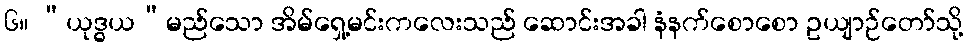
၆။ “ယုဒ္ဓယ”မည်သော အိမ်ရှေ့မင်းကလေးသည် ဆောင်းအခါ နံနက်စောစော ဥယျာဉ်တော်သို့